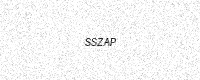
Text: SSZAP